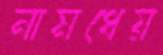
নামধেয়